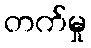
တက်မှု